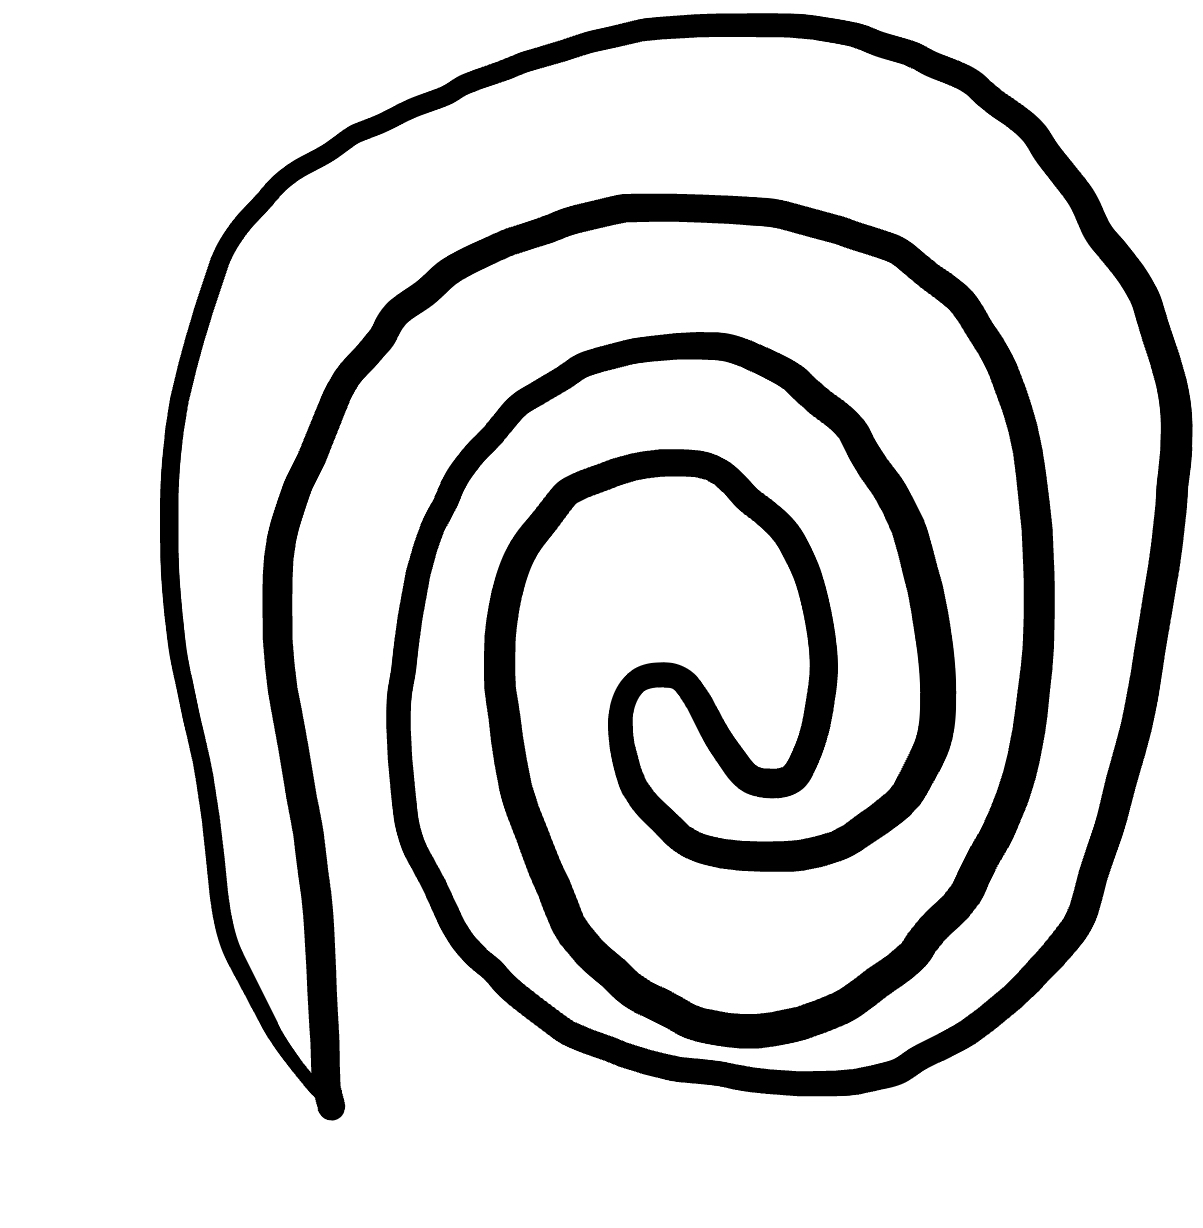
Number of regions (including the outer root region): 2
Containment tree edges (parent, child): 0, 1